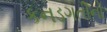
કનડગતીનો